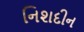
નિશદીન